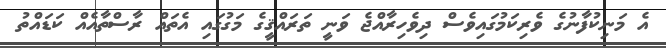
އެ މަނިކުފާނުގެ ވެރިކަމުގައިވެސް ދިވެހިރާއްޖެ ވަނީ ތަރައްޤީގެ މަގުގައި އެތައް ރާސްތާއެއް ކަޑައްތު